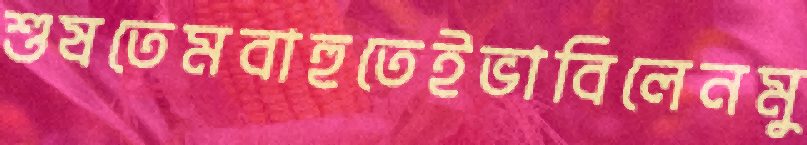
শুষতেমবাহুতেইভাবিলেনমু